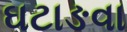
ઘટાઙવા